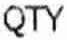
QTY